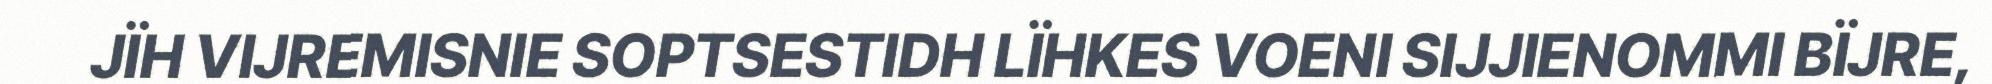
JÏH VIJREMISNIE SOPTSESTIDH LÏHKES VOENI SIJJIENOMMI BÏJRE,